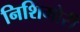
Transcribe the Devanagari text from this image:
निशिमोरी